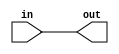
module initalize_32(out, in);
	output[31:0] out;
	input[31:0] in;
	
	genvar i;
	generate
		for(i=0; i<32; i = i+1) begin : initiali
			and ai(out[i], in[i], 1'b1);
		end
	endgenerate 
	
endmodule